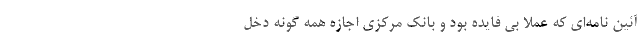
آئین نامه‌ای که عملاً بی فایده بود و بانک مرکزی اجازه همه گونه دخل